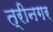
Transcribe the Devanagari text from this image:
त्रीनगर